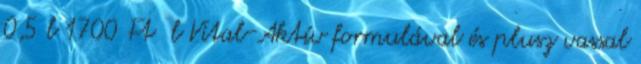
0,5 l 1700 Ft l Vital-Aktív formulával és plusz vassal